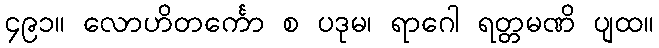
၄၉၁။ လောဟိတင်္ကော စ ပဒုမ၊ ရာဂေါ ရတ္တမဏိ ပျထ။